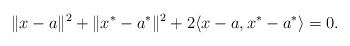
\begin{align*}\|x-a\|^2+\|x^*-a^*\|^2+2\langle x-a, x^*-a^*\rangle=0.\end{align*}